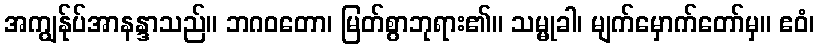
အကျွန်ုပ်အာနန္ဒာသည်။ ဘဂဝတော၊ မြတ်စွာဘုရား၏။ သမ္မုခါ၊ မျက်မှောက်တော်မှ။ ဧဝံ၊